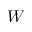
W